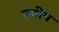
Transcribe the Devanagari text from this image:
रूपीय